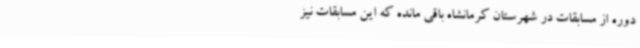
دوره از مسابقات در شهرستان کرمانشاه باقی مانده که این مسابقات نیز